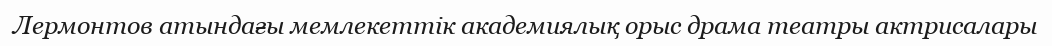
Лермонтов атындағы мемлекеттік академиялық орыс драма театры актрисалары